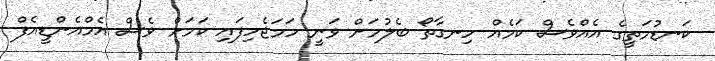
ކަނޑުމަތީގެ އެއްވެސް ކަމެއް ހިނގާތޯ ބެލުމަށް ވަނީ ހަމަޖެހިފައި ކަމަށް ވެސް އެމްއެންޑީއެފް